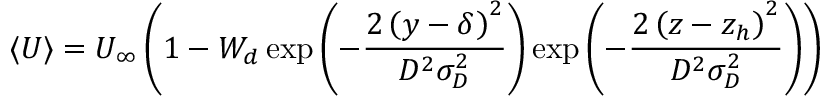
\langle U \rangle = U _ { \infty } \left( 1 - W _ { d } \exp \left( - \frac { 2 \left( y - \delta \right) ^ { 2 } } { D ^ { 2 } \sigma _ { D } ^ { 2 } } \right) \exp \left( - \frac { 2 \left( z - z _ { h } \right) ^ { 2 } } { D ^ { 2 } \sigma _ { D } ^ { 2 } } \right) \right)